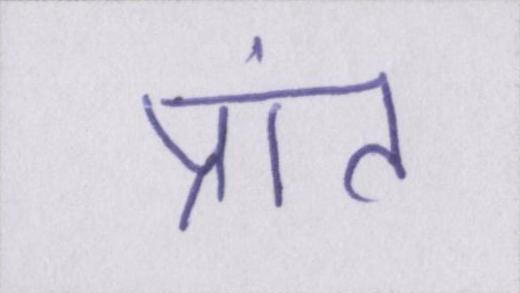
प्रांत